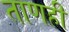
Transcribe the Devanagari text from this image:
ताणही